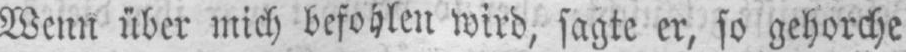
Wenn über mich befohlen wird, sagte er, so gehorche